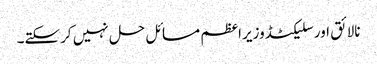
نالائق اورسلیکٹڈوزیراعظم مسائل حل نہیں کرسکتے۔